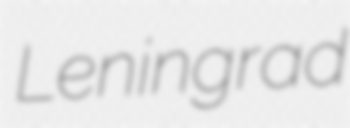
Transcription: Leningrad